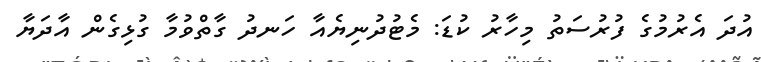
އުދަ އެރުމުގެ ފުރުސަތު މިހާރު ކުޑަ: މެޓުދުނިޔެއާ ހަނދު ގާތްވުމާ ގުޅިގެން އާދަޔާ